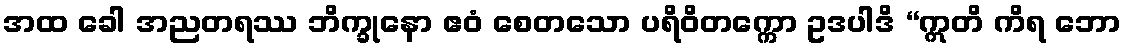
အထ ခေါ အညတရဿ ဘိက္ခုနော ဧဝံ စေတသော ပရိဝိတက္ကော ဥဒပါဒိ “ဣတိ ကိရ ဘော